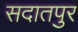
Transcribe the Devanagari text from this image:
सदातपुर